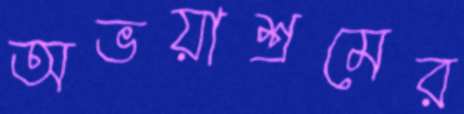
অভয়াশ্রমের